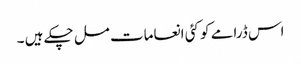
اس ڈرامے کو کئی انعامات مل چکے ہیں ۔